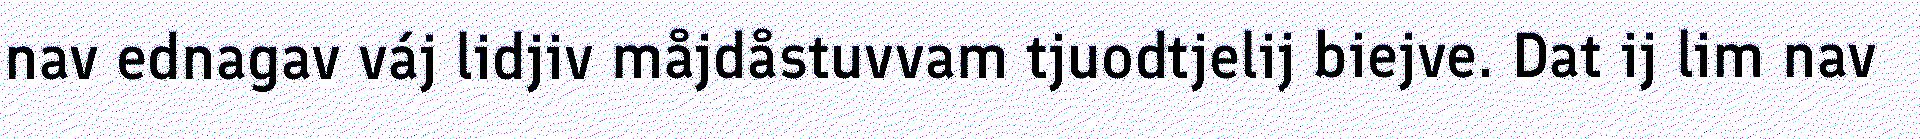
nav ednagav váj lidjiv måjdåstuvvam tjuodtjelij biejve. Dat ij lim nav